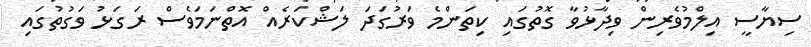
ސިޔާސީ އިލްމުވެރިން ވިދާޅުވާ ގޮތުގައި ކިތަންމެ ވަރުގަދަ ލަޝްކަރެއް އޮތްނަމަވެސް ރަގަޅު ވަގުތުގައި